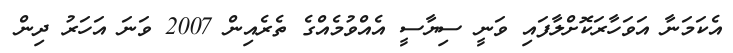
އެކަމަނާ އަވަހާރަކޮށްލާފައި ވަނީ ސިޔާސީ އެއްވުމެއްގެ ތެރެއިން 2007 ވަނަ އަހަރު ދިން